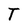
Character: T